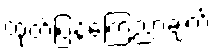
ထုတ်ပြန်ကြေညာချက်